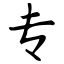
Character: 专